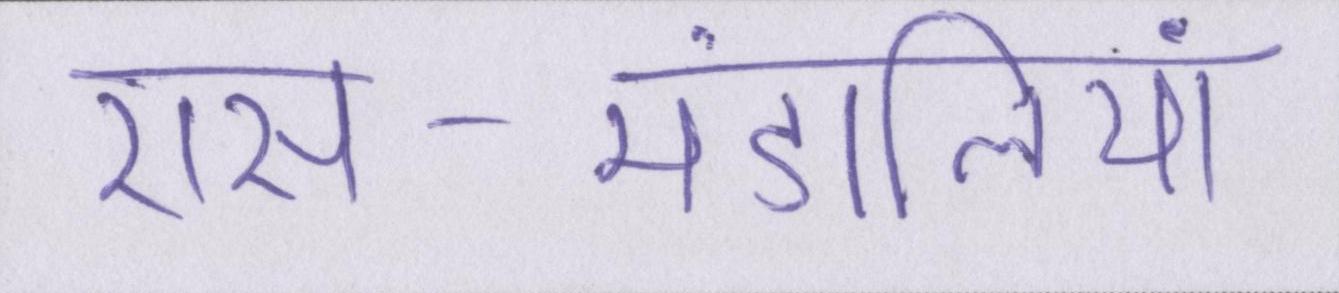
रास-मंडलियां